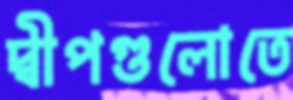
দ্বীপগুলোতে